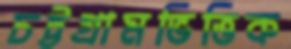
চট্টগ্রামভিত্তিক